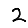
Digit: 2